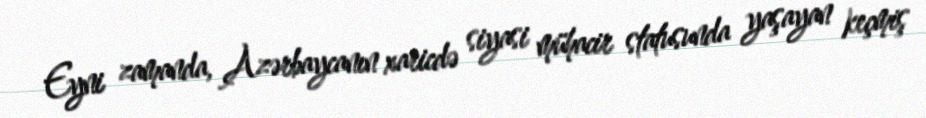
Eyni zamanda, Azərbaycanın xaricdə siyasi mühacir statusunda yaşayan keçmiş